Vaccination United Provinces of Agra and Oudh 1914-1922 - 1914-1922
Year: 1914
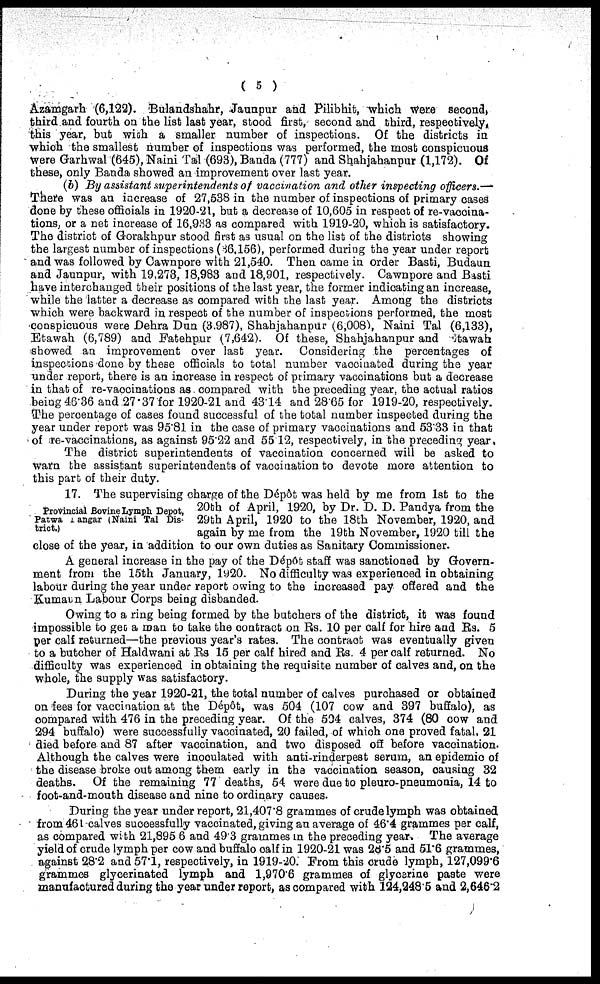
( 5 )
Azamgarh (6,122). Bulandshahr, Jaunpur and Pilibhit, which were second,
third and fourth on the list last year, stood first, second and third, respectively,
this year, but with a smaller number of inspections. Of the districts in
which the smallest number of inspections was performed, the most conspicuous
were Garhwal (645), Naini Tal (693), Banda (777) and Shahjahanpur (1,172). Of
these, only Banda showed an improvement over last year.
(b) By assistant superintendents of vaccination and other inspecting officers. —
There was an increase of 27,538 in the number of inspections of primary cases
done by these officials in 1920-21, but a decrease of 10,605 in respect of re-vaccina-
tions, or a net increase of 16,933 as compared with 1919-20, which is satisfactory.
The district of Gorakhpur stood first as usual on the list of the districts showing
the largest number of inspections (86,156), performed during the year under report
and was followed by Cawnpore with 21,540. Then came in order Basti, Budaun
and Jaunpur, with 19.273, 18,983 and 18,901, respectively. Cawnpore and Basti
have interchanged their positions of the last year, the former indicating an increase,
while the latter a decrease as compared with the last year. Among the districts
which were backward in respect of the number of inspections performed, the most
conspicuous were Dehra Dun (3.987), Shahjahanpur (6,008), Naini Tal (6,133),
Etawah (6,789) and Fatehpur (7,642). Of these, Shahjahanpur and Etawah
showed an improvement over last year. Considering the percentages of
inspections done by these officials to total number vaccinated during the year
under report, there is an increase in respect of primary vaccinations but a decrease
in that of re-vaccinations as compared with the preceding year, the actual ratios
being 46.36 and 27.37 for 1920-21 and 43.14 and 28.65 for 1919-20, respectively.
The percentage of cases found successful of the total number inspected during the
year under report was 95.81 in the case of primary vaccinations and 53.33 in that
of re-vaccinations, as against 95.22 and 55 12, respectively, in the preceding year.
The district superintendents of vaccination concerned will be asked to
warn the assistant superintendents of vaccination to devote more attention to
this part of their duty.
Provincial Bovine Lymph Depot,
Patwa Dangar (Naini Tal Dis-
trict.)
17. The supervising charge of the Dépôt was held by me from 1st to the
20th of April, 1920, by Dr. D. D. Pandya from the
29th April, 1920 to the 18th November, 1920, and
again by me from the 19th November, 1920 till the
close of the year, in addition to our own duties as Sanitary Commissioner.
A general increase in the pay of the Dépôt staff was sanctioned by Govern-
ment from the 15th January, 1920. No difficulty was experienced in obtaining
labour during the year under report owing to the increased pay offered and the
Kumaun Labour Corps being disbanded.
Owing to a ring being formed by the butchers of the district, it was found
impossible to get a man to take the contract on Rs. 10 per calf for hire and Rs. 5
per calf returned—the previous year's rates. The contract was eventually given
to a butcher of Haldwani at Rs 15 per calf hired and Rs. 4 per calf returned. No
difficulty was experienced in obtaining the requisite number of calves and, on the
whole, the supply was satisfactory.
During the year 1920-21, the total number of calves purchased or obtained
on fees for vaccination at the Dépôt, was 504 (107 cow and 397 buffalo), as
compared with 476 in the preceding year. Of the 504 calves, 374 (80 cow and
294 buffalo) were successfully vaccinated, 20 failed, of which one proved fatal, 21
died before and 87 after vaccination, and two disposed off before vaccination.
Although the calves were inoculated with anti-rinderpest serum, an epidemic of
the disease broke out among them early in the vaccination season, causing 32
deaths. Of the remaining 77 deaths, 54 were due to pleuro-pneumonia, 14 to
foot-and-mouth disease and nine to ordinary causes.
During the year under report, 21,407.8 grammes of crude lymph was obtained
from 461 calves successfully vaccinated, giving an average of 46.4 grammes per calf,
as compared with 21,895 6 and 49.3 grammes in the preceding year. The average
yield of crude lymph per cow and buffalo calf in 1920-21 was 28.5 and 51.6 grammes,
against 28.2 and 57.1, respectively, in 1919-20. From this crude lymph, 127,099.6
grammes glycerinated lymph and 1,970.6 grammes of glycerine paste were
manufactured during the year under report, as compared with 124,248.5 and 2,646.2